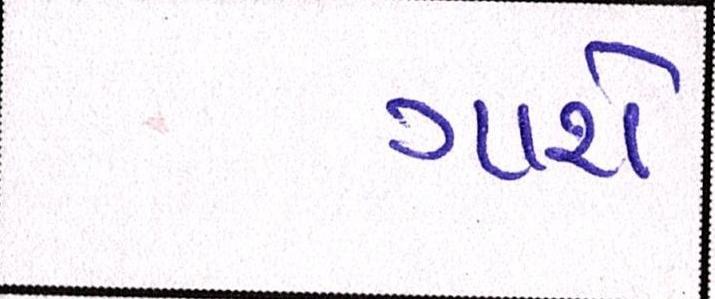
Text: ગાશે